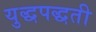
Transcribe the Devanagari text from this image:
युद्धपद्धती